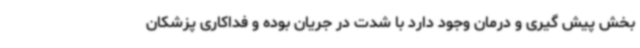
بخش پیش گیری و درمان وجود دارد با شدت در جریان بوده و فداکاری پزشکان